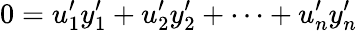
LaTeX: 0=u_{1}^{\prime}y_{1}^{\prime}+u_{2}^{\prime}y_{2}^{\prime}+\cdots+u_{n}^{\prime}y_{n}^{\prime}